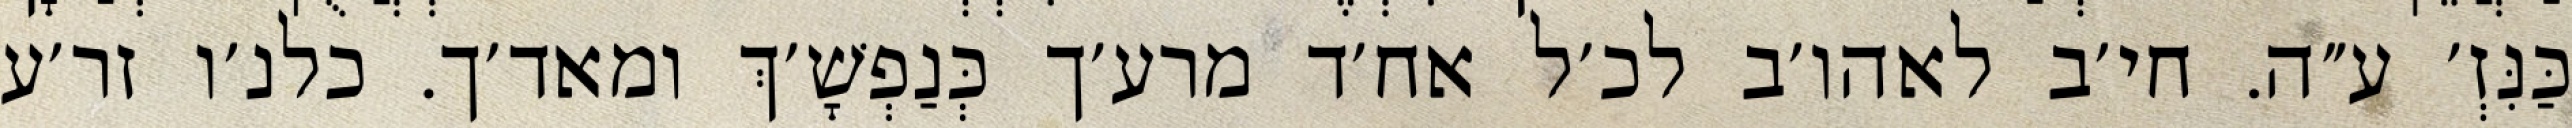
כַּנִּזְ׳ ע״ה. חי׳ב לאהו׳ב לכ׳ל אח׳ד מרע׳ך כְּנַפְשָׁ׳ךְ ומאד׳ך. כלנ׳ו זר׳ע